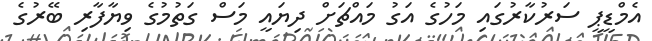
އެމްޑީޕީ ސަރުކާރުގައި މަހުގެ އަގު މައްޗަށް ދިޔައީ މަސް ގަތުމުގެ ވިޔާފާރި ބޭރުގެ